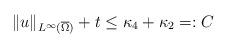
LaTeX: \begin{align*}\|u\|_{L^\infty(\overline \Omega)} +t\leq \kappa_4 +\kappa_2=:C\end{align*}